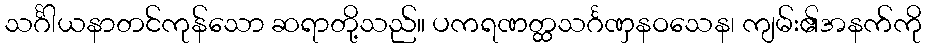
သင်္ဂါယနာတင်ကုန်သော ဆရာတို့သည်။ ပကရဏတ္ထသင်္ဂဏှနဝသေန၊ ကျမ်း၏အနက်ကို